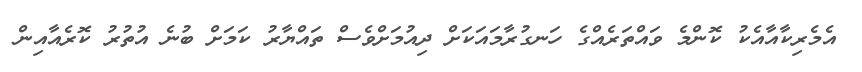
އެމެރިކާއާއެކު ކޮންމެ ވައްތަރެއްގެ ހަނގުރާމައަކަށް ދިއުމަށްވެސް ތައްޔާރު ކަމަށް ބުނެ އުތުރު ކޮރެއާއިން